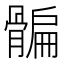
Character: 𩩯